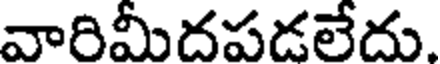
వారిమీదపడలేదు.